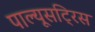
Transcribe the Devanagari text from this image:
पाल्यूसट्रिस